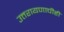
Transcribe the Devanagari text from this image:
उत्तरायणाचीही